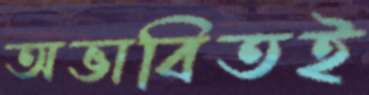
অভাবিতই